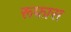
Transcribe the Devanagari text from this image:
रूफास